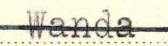
Wanda